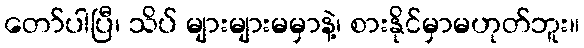
တော်ပါပြီ၊ သိပ် များများမမှာနဲ့၊ စားနိုင်မှာမဟုတ်ဘူး။